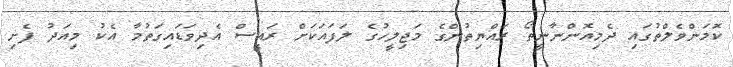
ކޮމަންވެލްތުގައި ދެމިއޮންނާނީތޯ ރައްޔިތުންގެ މަޖިލީހުގެ ލަފައަކަށް ރައީސް އެދިވަޑައިގަތުމާ އެކު މިއަދު ފެށި